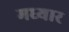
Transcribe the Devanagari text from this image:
मध्यार